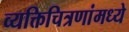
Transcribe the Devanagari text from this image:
व्यक्तिचित्रणांमध्ये